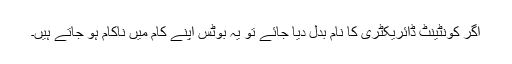
اگر کونٹینٹ ڈائریکٹری کا نام بدل دیا جائے تو یہ بوٹس اپنے کام میں ناکام ہو جاتے ہیں۔